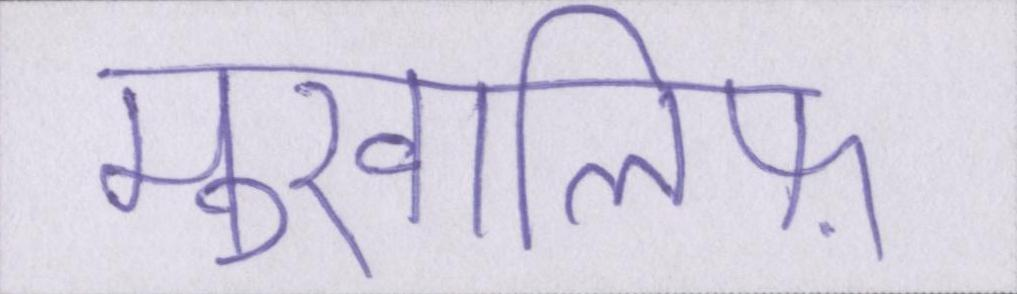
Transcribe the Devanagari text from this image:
मुखालिफ़